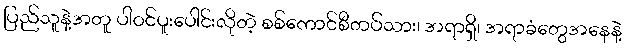
ပြည်သူနဲ့အတူ ပါဝင်ပူးပေါင်းလိုတဲ့ စစ်ကောင်စီတပ်သား၊ အရာရှိ၊ အရာခံတွေအနေနဲ့